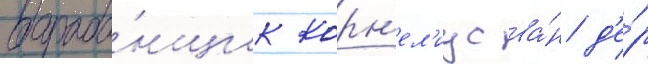
бараба́нщик корн'ел'иус ва́н д'е́р